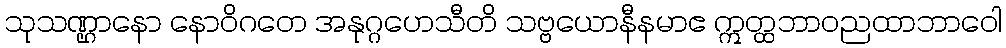
သုသဏ္ဌာနော နောဝိဂတေ အနုဂ္ဂဟေသီတိ သဗ္ဗယောနီနမာဧ ဣတ္ထဘာဝညထာဘာဝေါ